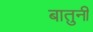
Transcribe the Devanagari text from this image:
बातुनी